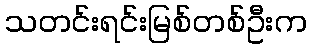
သတင်းရင်းမြစ်တစ်ဦးက